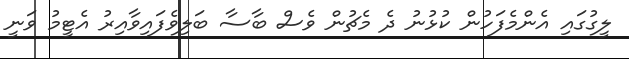
ލީގުގައި އެންމެފަހުން ކުޅުނު ދެ މެޗުން ވެސް ބާސާ ބަލިވެފައިވާއިރު އެޓީމު ވަނީ